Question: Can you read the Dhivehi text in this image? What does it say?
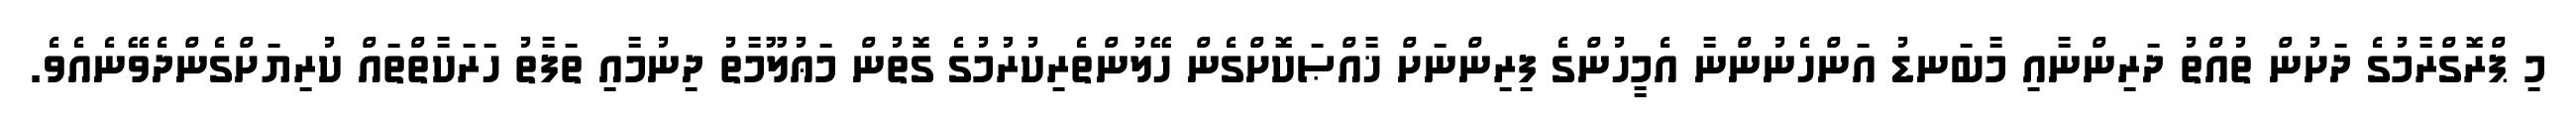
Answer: މި ޕްރޮގްރާމުގެ ދަށުން ތުއްތު ދަރިންނާއި މާބަނޑު އަންހެނުންނާ އެމީހުންގެ ފިރިންނަށް ޚާއްޞަކޮށްގެން ހޭލުންތެރިކުރުމުގެ ގޮތުން މަޢުލޫމާތު ދިނުމާއި ތަފާތު ހަރަކާތްތައް ކުރިޔަށްގެންދެވޭނެއެވެ.